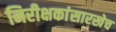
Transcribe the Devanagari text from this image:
निरीक्षकांसारखेच